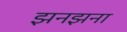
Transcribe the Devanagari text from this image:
झनझना